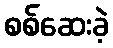
စစ်ဆေးခဲ့